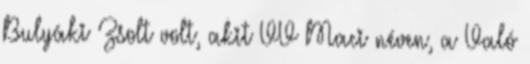
Bulyáki Zsolt volt, akit VV Maci néven, a Való